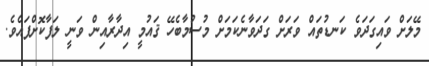
މޭލަށް ވައިގަދަވެ ކަނޑުތައް ވަރަށް ގަދަވާނެކަމަށް މުސުމާބެހޭ ޤައުމީ އިދާރާއިން ވަނީ ލަފާކޮށްފައެވެ.